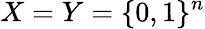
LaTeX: X=Y=\{ 0,1\} ^{n}